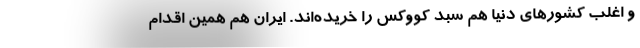
و اغلب کشورهای دنیا هم سبد کووکس را خریده‌اند. ایران هم همین اقدام